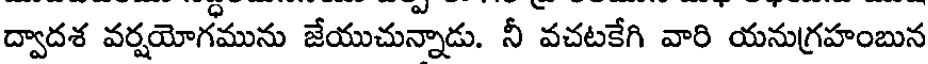
ద్వాదశ వర్షయోగమును జేయుచున్నాడు. నీ వచటకేగి వారి యనుగ్రహంబున